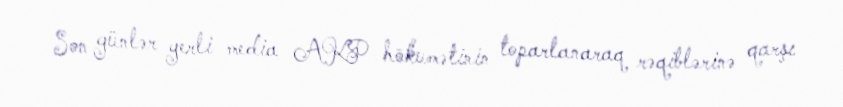
Son günlər yerli media AKP hökumətinin toparlanaraq rəqiblərinə qarşı